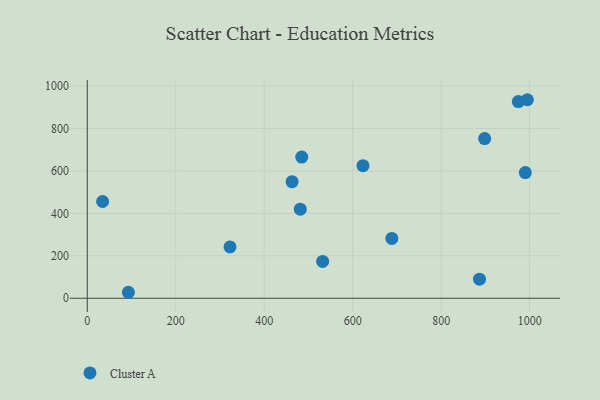
{"axis": {"x": "Ad Spend", "y": "Yield"}, "legend": ["Cluster A"], "data": [{"x": "994.9", "y": 935.5, "type": "Cluster A"}, {"x": "481.5", "y": 419.9, "type": "Cluster A"}, {"x": "688.5", "y": 282.0, "type": "Cluster A"}, {"x": "974.4", "y": 926.6, "type": "Cluster A"}, {"x": "532.1", "y": 173.7, "type": "Cluster A"}, {"x": "92.9", "y": 28.2, "type": "Cluster A"}, {"x": "886.7", "y": 89.7, "type": "Cluster A"}, {"x": "34.7", "y": 456.0, "type": "Cluster A"}, {"x": "484.8", "y": 665.5, "type": "Cluster A"}, {"x": "990.2", "y": 592.2, "type": "Cluster A"}, {"x": "463.0", "y": 549.4, "type": "Cluster A"}, {"x": "322.7", "y": 241.7, "type": "Cluster A"}, {"x": "898.3", "y": 752.3, "type": "Cluster A"}, {"x": "623.3", "y": 624.9, "type": "Cluster A"}]}